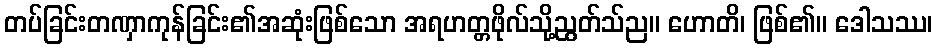
တပ်ခြင်းတဏှာကုန်ခြင်း၏အဆုံးဖြစ်သော အရဟတ္တဖိုလ်သို့ညွတ်သ်ည။ ဟောတိ၊ ဖြစ်၏။ ဒေါသဿ၊